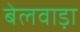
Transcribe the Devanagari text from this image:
बेलवाड़ा